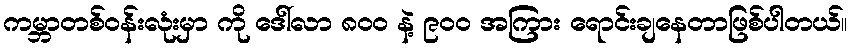
ကမ္ဘာတစ်ဝန်းလုံးမှာ ကို ဒေါ်လာ ၈၀၀ နဲ့ ၉၀၀ အကြား ရောင်းချနေတာဖြစ်ပါတယ်။